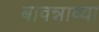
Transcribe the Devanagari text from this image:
बावन्नाव्या